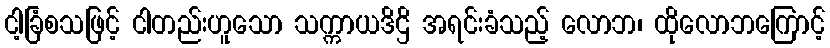
ငါ့ခြံစသဖြင့် ငါတည်းဟူသော သက္ကာယဒိဌိ အရင်းခံသည့် လောဘ၊ ထိုလောဘကြောင့်